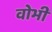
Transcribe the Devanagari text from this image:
वोभी